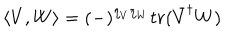
\left\langle V , W \right\rangle = ( - ) ^ { \eta _ { V } \eta _ { W } } t r ( \bar { V } ^ { \dagger } W )